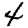
Digit: 4